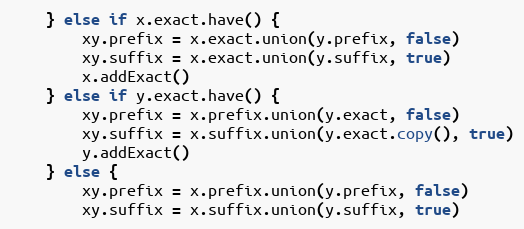
Language: Go
	} else if x.exact.have() {
		xy.prefix = x.exact.union(y.prefix, false)
		xy.suffix = x.exact.union(y.suffix, true)
		x.addExact()
	} else if y.exact.have() {
		xy.prefix = x.prefix.union(y.exact, false)
		xy.suffix = x.suffix.union(y.exact.copy(), true)
		y.addExact()
	} else {
		xy.prefix = x.prefix.union(y.prefix, false)
		xy.suffix = x.suffix.union(y.suffix, true)